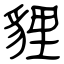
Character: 貍